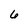
Character: 6